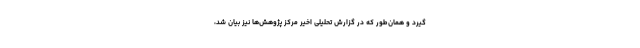
گیرد و همان‌طور که در گزارش تحلیلی اخیر مرکز پژوهش‌ها نیز بیان شد،